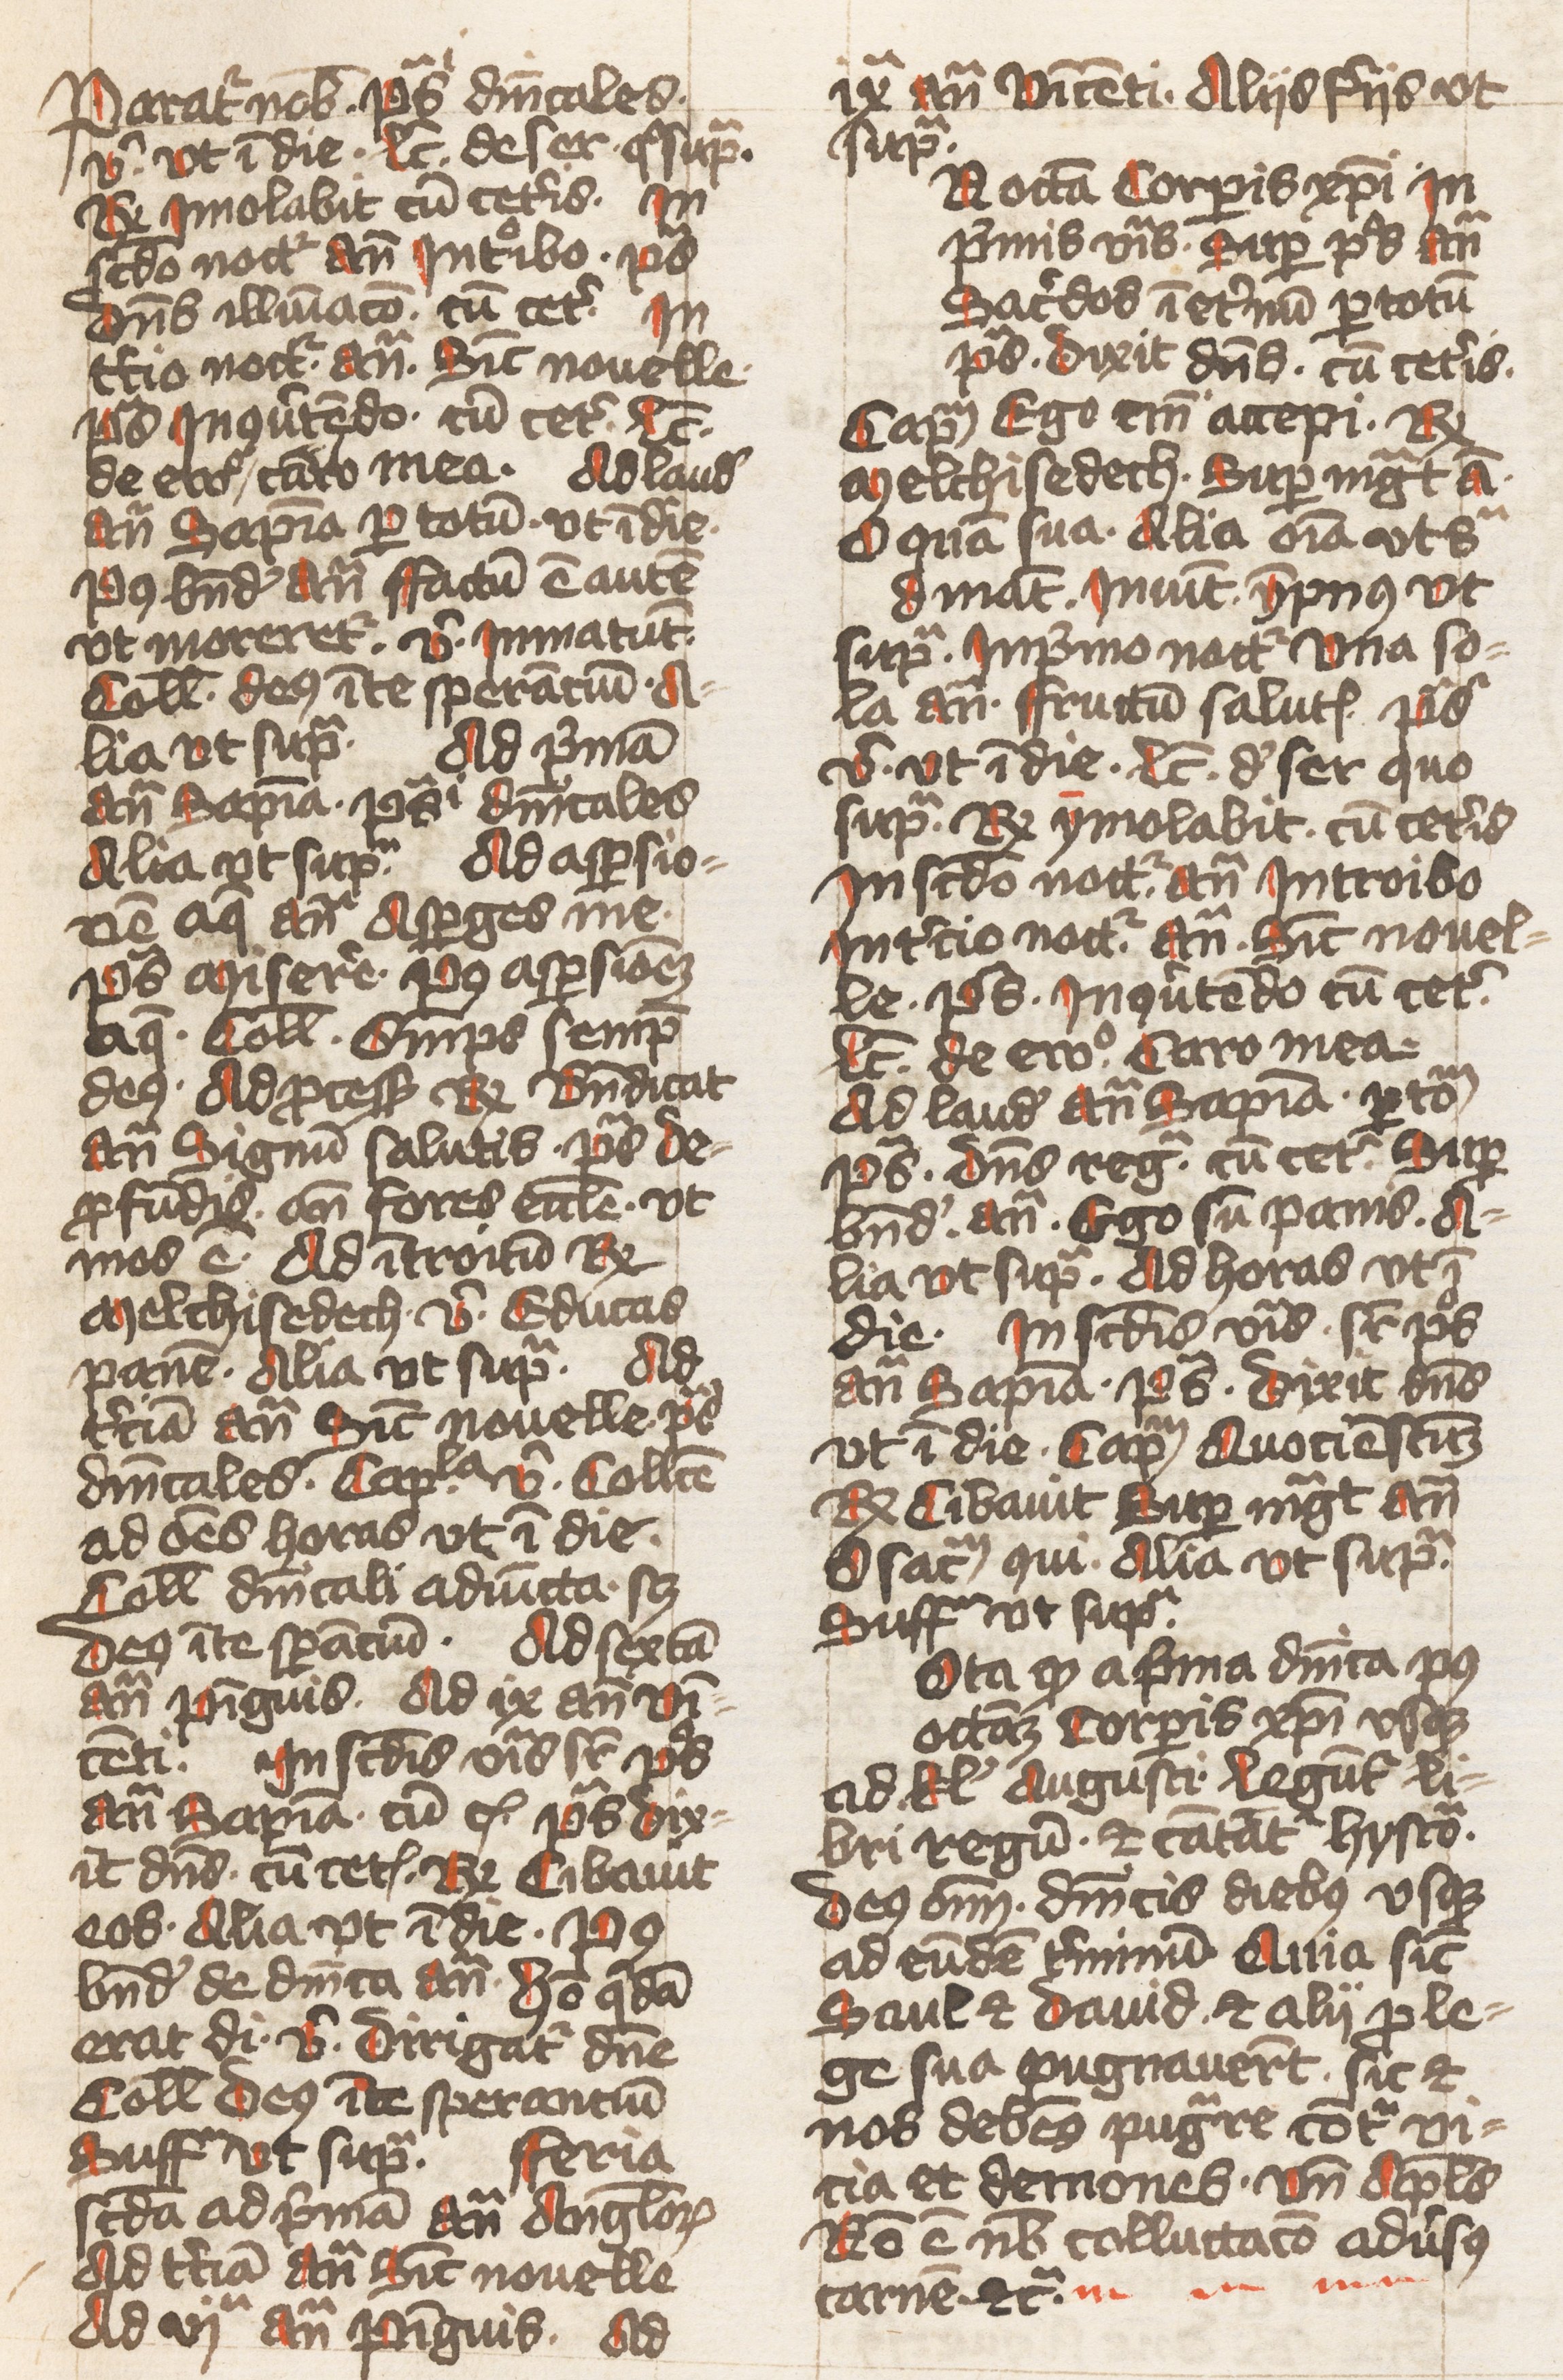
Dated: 1432–1432